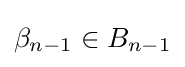
\beta _{n-1}\in B_{n-1}